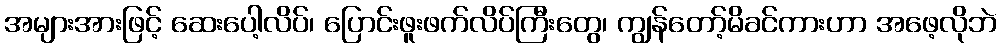
အများအားဖြင့် ဆေးပေါ့လိပ်၊ ပြောင်းဖူးဖက်လိပ်ကြီးတွေ၊ ကျွန်တော့်မိခင်ကားဟာ အဖေ့လိုဘဲ